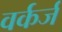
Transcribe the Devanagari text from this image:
वर्कर्ज